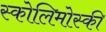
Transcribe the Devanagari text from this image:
स्कोलिमोस्की